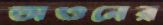
অওনের